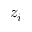
z _ { i }